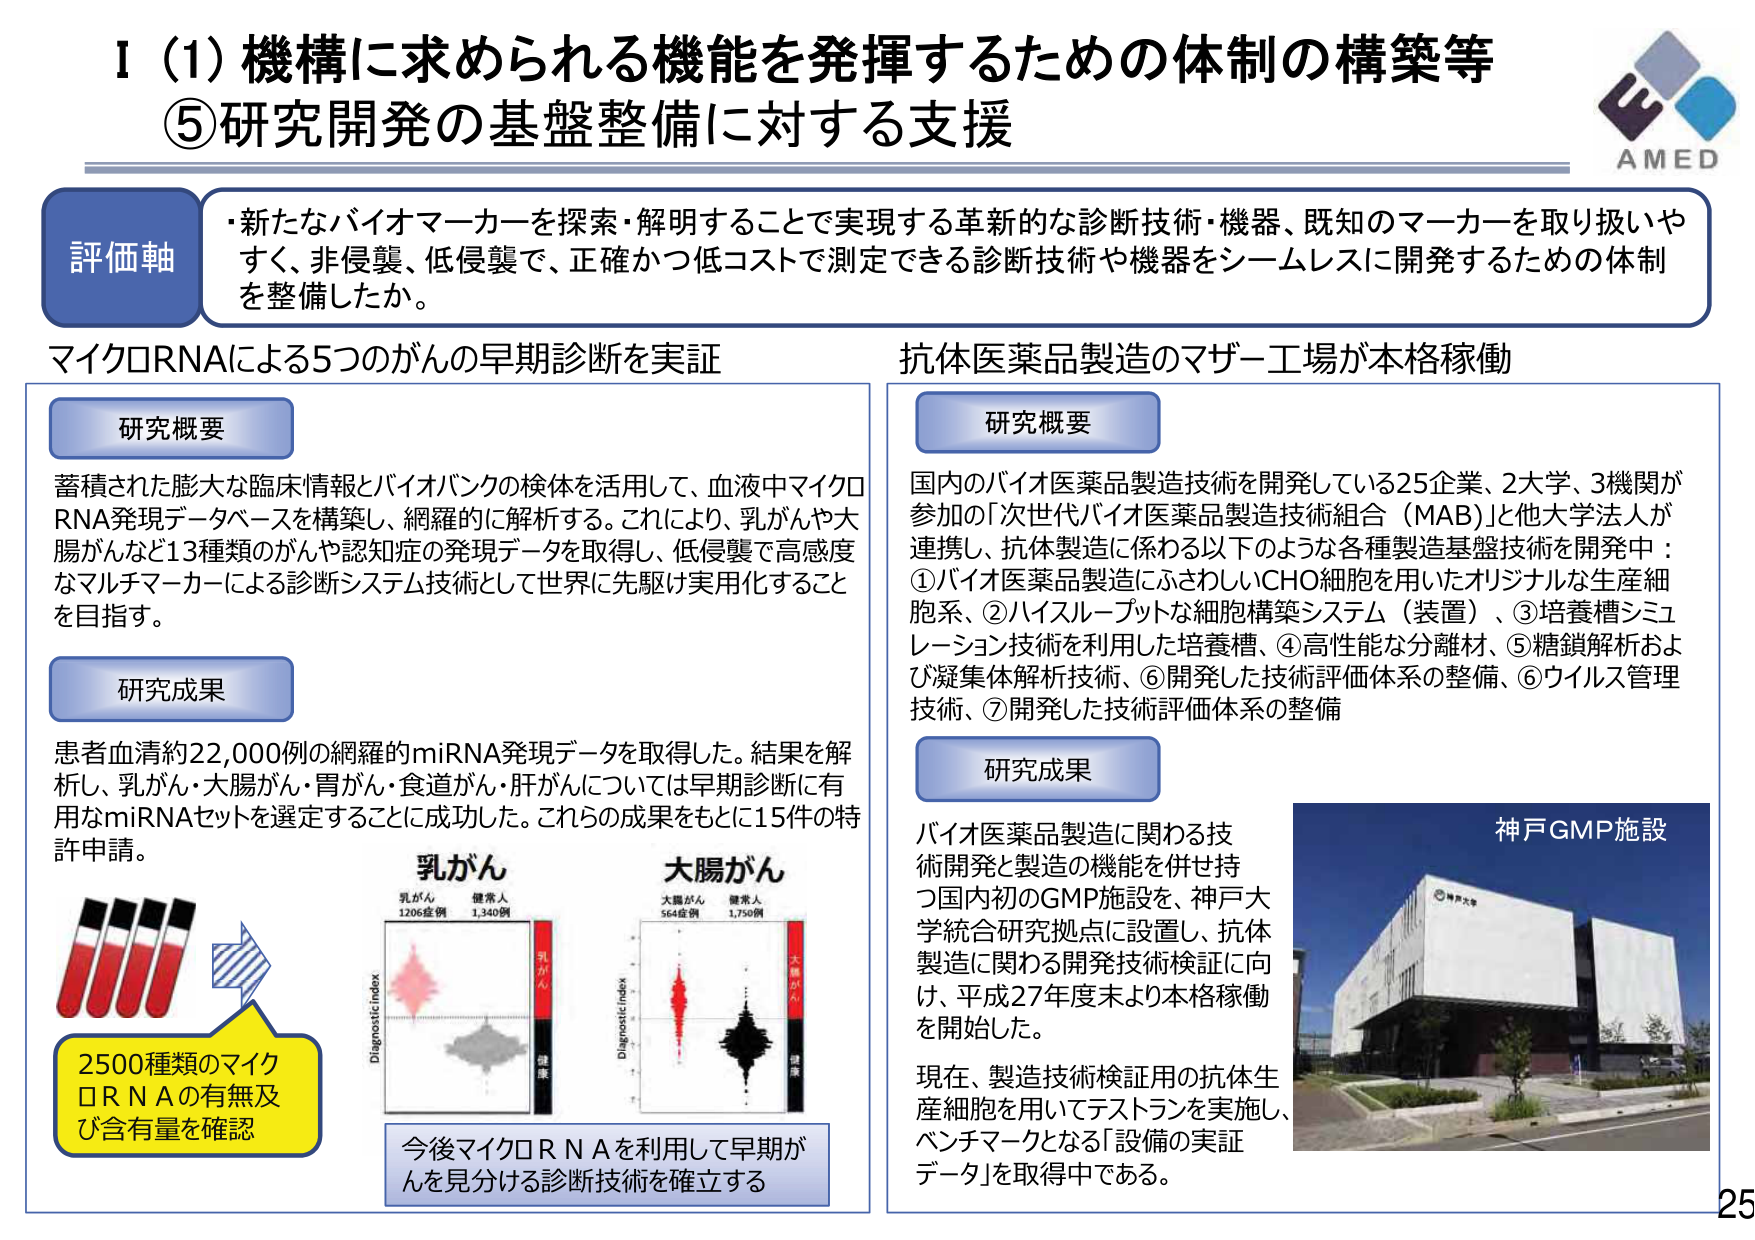
I (1) 機構に求められる機能を発揮するための体制の構築等
⑤研究開発の基盤整備に対する支援

評価軸
・新たなバイオマーカーを探索・解明することで実現する革新的な診断技術・機器、既知のマーカーを取り扱いやすく、非侵襲、低侵襲で、正確かつ低コストで測定できる診断技術や機器をシームレスに開発するための体制を整備したか。

マイクロRNAによる5つのがんの早期診断を実証

研究概要
蓄積された膨大な臨床情報とバイオバンクの検体を活用して、血液中マイクロRNA発現データベースを構築し、網羅的に解析する。これにより、乳がんや大腸がんなど13種類のがんや認知症の発現データを取得し、低侵襲で高感度なマルチマーカーによる診断システム技術として世界に先駆け実用化することを目指す。

研究成果
患者血清約22,000例の網羅的miRNA発現データを取得した。結果を解析し、乳がん・大腸がん・胃がん・食道がん・肝がんについては早期診断に有用なmiRNAセットを選定することに成功した。これらの成果をもとに15件の特許申請。

2500種類のマイクロRNAの有無及び含有量を確認

乳がん
乳がん 1206症例
健常人 1,340例

大腸がん
大腸がん 564症例
健常人 1,750例

Diagnostic Index
Diagnostic Index

今後マイクロRNAを利用して早期がんを見分ける診断技術を確立する

抗体医薬品製造のマザー工場が本格稼働

研究概要
国内のバイオ医薬品製造技術を開発している25企業、2大学、3機関が参加の「次世代バイオ医薬品製造技術組合（MAB）」と他大学法人が連携し、抗体製造に係わる以下のような各種製造基盤技術を開発中：
①バイオ医薬品製造にふさわしいCHO細胞を用いたオリジナルな生産細胞系、②ハイスループットな細胞構築システム（装置）、③培養槽シミュレーション技術を利用した培養槽、④高性能な分離材、⑤糖鎖解析および凝集体解析技術、⑥開発した技術評価体系の整備、⑦開発した技術評価体系の整備

研究成果
バイオ医薬品製造に関わる技術開発と製造の機能を併せ持つ国内初のGMP施設を、神戸大学統合研究拠点に設置し、抗体製造に関わる開発技術検証に向け、平成27年度末より本格稼働を開始した。

現在、製造技術検証用の抗体生産細胞を用いてテストランを実施し、ベンチマークとなる「設備の実証データ」を取得中である。

神戸GMP施設

AMED

25